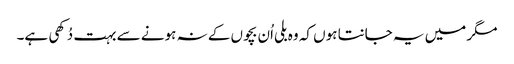
مگر میں یہ جانتا ہوں کہ وہ بلی اُن بچوں کے نہ ہونے سے بہت دُکھی ہے۔